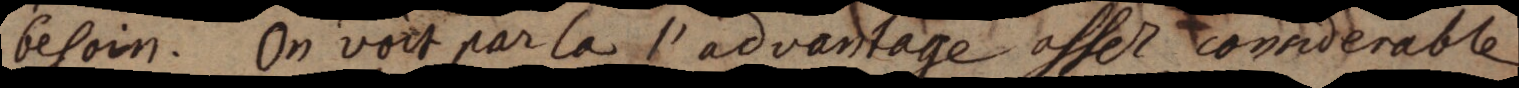
besoin. On voit par la l’advantage assez considerable